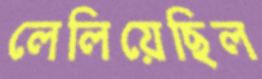
লেলিয়েছিল